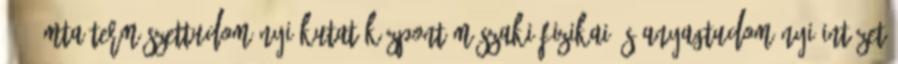
-001 MTA Természettudományi Kutatóközpont Műszaki Fizikai és Anyagtudományi Intézet